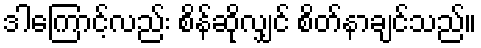
ဒါကြောင့်လည်း စိန်ဆိုလျှင် စိတ်နာချင်သည်။